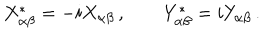
LaTeX: X _ { \alpha \beta } ^ { \ast } = - i X _ { \alpha \beta } \, , \qquad Y _ { \alpha \beta } ^ { \ast } = i Y _ { \alpha \beta } \, .